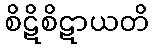
စိဋိစိဋာယတိ